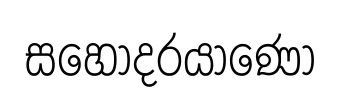
සහෝදරයාණෝ